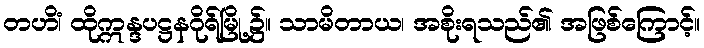
တဟိံ၊ ထိုဣန္ဒပဋ္ဌနဂိုရ်မြို့၌။ သာမိတာယ၊ အစိုးရသည်၏ အဖြစ်ကြောင့်။